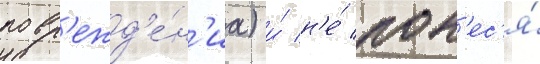
повр'ежд'е́н'иа) и́ н'е́ пон'ес'я́